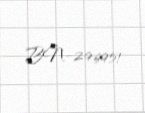
BN-296951